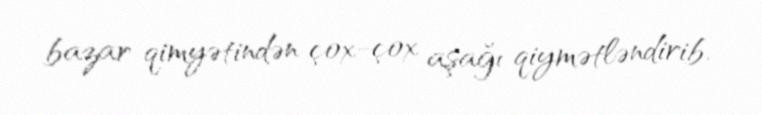
bazar qimyətindən çox-çox aşağı qiymətləndirib.